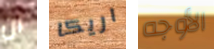
ان اريكا الأوجه